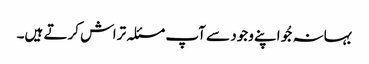
بہانہ جُو اپنے وجود سے آپ مسئلہ تراش کرتے ہیں۔